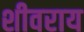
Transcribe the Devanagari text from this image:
शीवराय